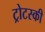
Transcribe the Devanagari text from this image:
ट्रोटस्की